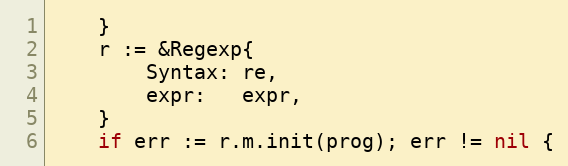
Language: Go
	}
	r := &Regexp{
		Syntax: re,
		expr:   expr,
	}
	if err := r.m.init(prog); err != nil {